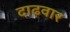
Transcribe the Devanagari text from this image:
दाढ़वार